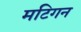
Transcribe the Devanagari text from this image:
मटिगन